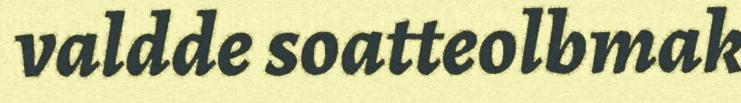
valdde soatteolbmak